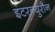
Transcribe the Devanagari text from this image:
इंटरन्युरौन